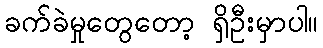
ခက်ခဲမှုတွေတော့ ရှိဦးမှာပါ။